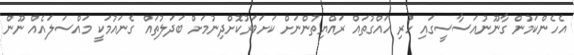
އެހެންކަމުން ގާނޫނުއަސާސީގައި ހުރި ހައްގުތައް ރައްޔިތުންނަށް ކަށަވަރުކޮށްދިނުމަށް ބަދަލުތައް ގެނައުމަކީ މައްސަލައެއް ނޫން